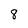
Character: 8